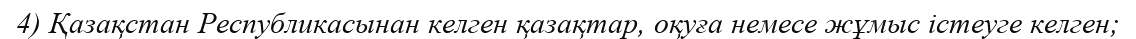
4) Қазақстан Республикасынан келген қазақтар, оқуға немесе жұмыс істеуге келген;